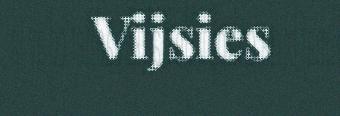
Vijsies